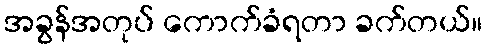
အခွန်အတုပ် ကောက်ခံရတာ ခက်တယ်။